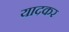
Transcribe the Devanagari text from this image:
यादकर